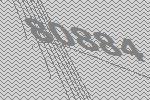
80884